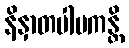
နိနှာတပါပကန္တိ